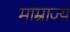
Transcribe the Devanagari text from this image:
माम्राज्य